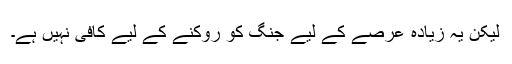
لیکن یہ زیادہ عرصے کے لیے جنگ کو روکنے کے لیے کافی نہیں ہے۔